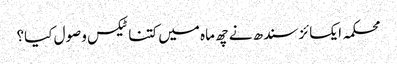
محکمہ ایکسائز سندھ نے چھ ماہ میں کتنا ٹیکس وصول کیا؟